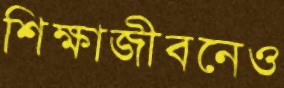
শিক্ষাজীবনেও